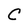
Character: C